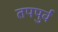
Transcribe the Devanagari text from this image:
तपपुर्व